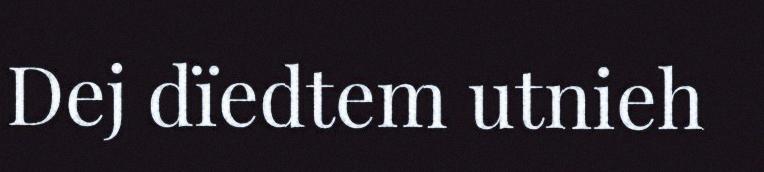
Dej dïedtem utnieh